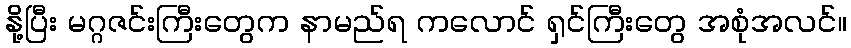
နို့ပြီး မဂ္ဂဇင်းကြီးတွေက နာမည်ရ ကလောင် ရှင်ကြီးတွေ အစုံအလင်။